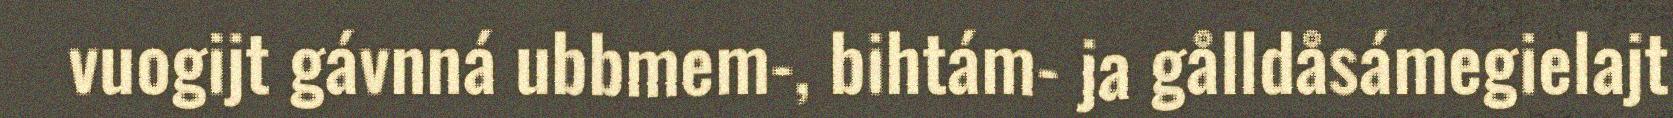
vuogijt gávnná ubbmem-, bihtám- ja gålldåsámegielajt